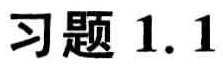
习题 1.1